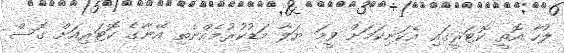
ލުހާ އޮތީ ކޮޓަރީގައި އެކަނިކަމަށް ވީމަ ޔަލާ މަޑުކުރުމެއްނެތި އޭނާގެ ކޮޓަރިއަށް ގޮސް